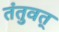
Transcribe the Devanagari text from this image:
तंतुवत्